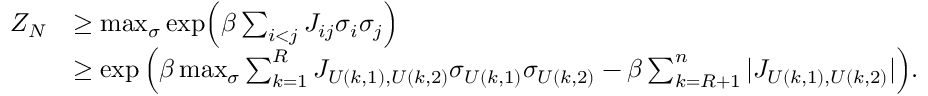
\begin{array} { r l } { Z _ { N } } & { \ge \operatorname* { m a x } _ { \sigma } \exp \Bigl ( \beta \sum _ { i < j } J _ { i j } \sigma _ { i } \sigma _ { j } \Bigr ) } \\ & { \ge \exp \Big ( \beta \operatorname* { m a x } _ { \sigma } \sum _ { k = 1 } ^ { R } J _ { U ( k , 1 ) , U ( k , 2 ) } \sigma _ { U ( k , 1 ) } \sigma _ { U ( k , 2 ) } - \beta \sum _ { k = R + 1 } ^ { n } | J _ { U ( k , 1 ) , U ( k , 2 ) } | \Big ) . } \end{array}